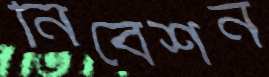
নিবেশন